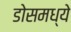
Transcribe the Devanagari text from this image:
डोसमध्ये